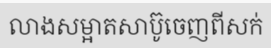
លាងសម្អាតសាប៊ូចេញពីសក់